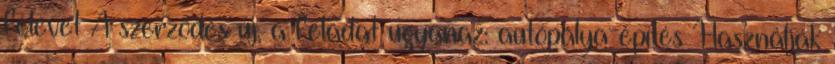
félévet A szerződés új, a feladat ugyanaz: autópálya-építés Használják